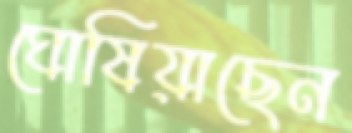
ঘোষিয়াছেন